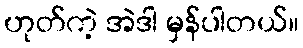
ဟုတ်ကဲ့ အဲဒါ မှန်ပါတယ်။